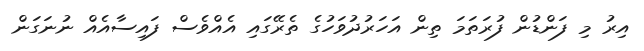
އިރު މި ފަންޑުން ފުރަތަމަ ތިން އަހަރުދުވަހުގެ ތެރޭގައި އެއްވެސް ފައިސާއެއް ނުނަގަން